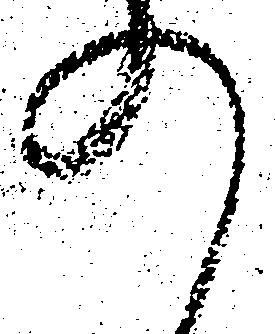
の